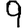
Digit: 9